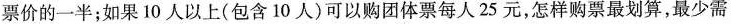
票价的一半；如果10人以上(包含10人)可以购团体票每人25元，怎样购票最划算，最少需